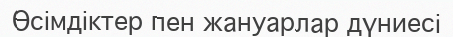
Өсімдіктер пен жануарлар дүниесі